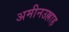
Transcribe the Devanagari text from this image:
अमीनउल्लाह